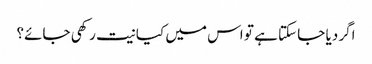
اگر دیا جا سکتا ہے تو اس میں کیا نیت رکھی جائے؟